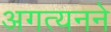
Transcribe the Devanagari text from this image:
अगत्यनने